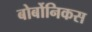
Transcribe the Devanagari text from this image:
बोर्बोनिकस